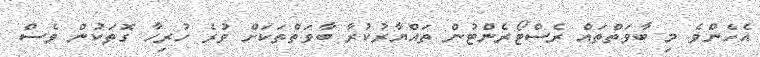
އެހެންވެ މި ބާވަތްތައް ރެސްޓޯރެންޓުން ތައްޔާރުކުރާ ބާވަތްތަކަށް ވުރެ ހުރިހާ ގޮތަކުން ވެސް